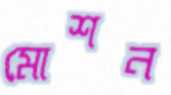
মোশন